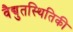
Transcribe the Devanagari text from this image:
वैद्युतस्थितिकी